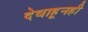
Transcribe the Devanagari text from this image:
देवाहूनही